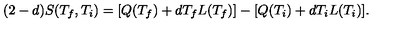
( 2 - d ) S ( T _ { f } , T _ { i } ) = [ Q ( T _ { f } ) + d T _ { f } L ( T _ { f } ) ] - [ Q ( T _ { i } ) + d T _ { i } L ( T _ { i } ) ] .